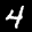
Digit: 4